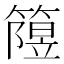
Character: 𥳲